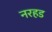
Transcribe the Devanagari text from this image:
नरहड